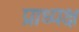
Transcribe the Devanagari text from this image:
प्राध्यक्ष